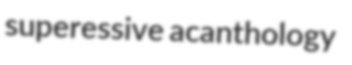
superessive acanthology